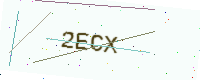
Text: 2ECX